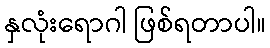
နှလုံးရောဂါ ဖြစ်ရတာပါ။